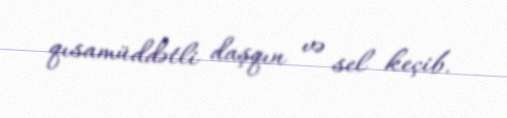
qısamüddətli daşqın və sel keçib.